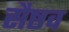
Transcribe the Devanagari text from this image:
सैष्ठव